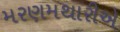
મરણમથારીએ